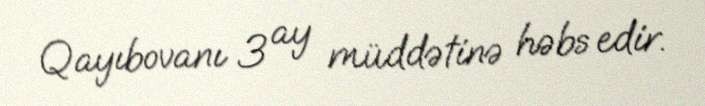
Qayıbovanı 3 ay müddətinə həbs edir.